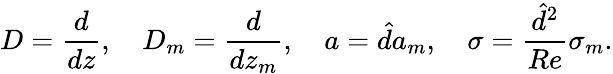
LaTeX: D=\frac{d}{dz},\quad D_{m}=\frac{d}{dz_{m}},\quad a=\hat{d}a_{m},\quad\sigma=\frac{\hat{d}^{2}}{Re}\sigma_{m}.